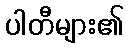
ပါတီများ၏